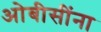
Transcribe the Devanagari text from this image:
ओबीसींना